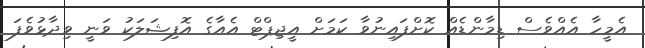
އެމީހާ އެއްވެސް ޑިމާންޑެއް ކޮށްފައިނުވާ ކަމަށް އީޖިޕްޓް އެއާގެ އޮފިޝަލަކު ވަނީ ވިދާޅުވެފަ